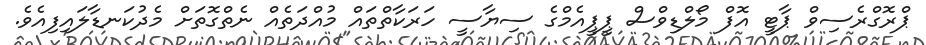
ޕްރޮގްރެސިވް ޕާޓީ އޮފް މޯލްޑިވްސް ޕީޕީއެމްގެ ސިޔާސީ ހަރަކާތްތައް މުއްދަތެއް ނެތްގޮތަށް މެދުކަނޑާލައިފިއެވެ.